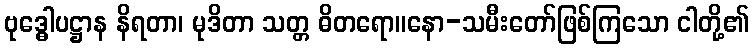
ဗုဒ္ဓေါပဋ္ဌာန နိရတာ၊ မုဒိတာ သတ္တ ဓိတရော။နော-သမီးတော်ဖြစ်ကြသော ငါတို့၏